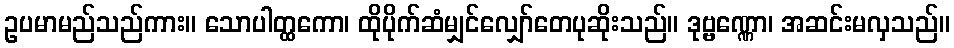
ဥပမာမည်သည်ကား။ သောပါတ္ထကော၊ ထိုပိုက်ဆံမျှင်လျှော်တေပုဆိုးသည်။ ဒုဗ္ဗဏ္ဏော၊ အဆင်းမလှသည်။